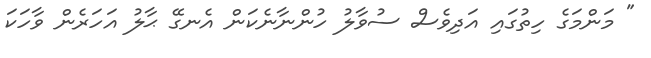
" މަންމަގެ ހިތުގައި އަދިވެސް ސުވާލު ހުންނާނެކަން އެނގޭ ޙާލު އަހަރެން ވާހަކަ